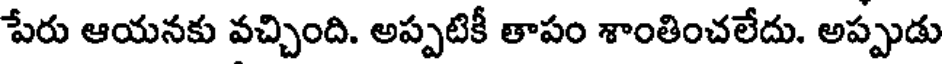
పేరు ఆయనకు వచ్చింది. అప్పటికీ తాపం శాంతించలేదు. అప్పుడు